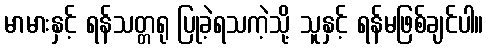
မာမားနှင့် ရန်သတ္တရု ပြုခဲ့ရသကဲ့သို့ သူနှင့် ရန်မဖြစ်ချင်ပါ။